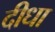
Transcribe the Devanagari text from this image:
दीधा